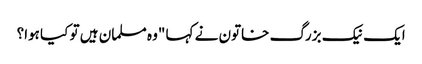
ایک نیک بزرگ خاتون نے کہا "وہ مسلمان ہیں تو کیا ہوا؟